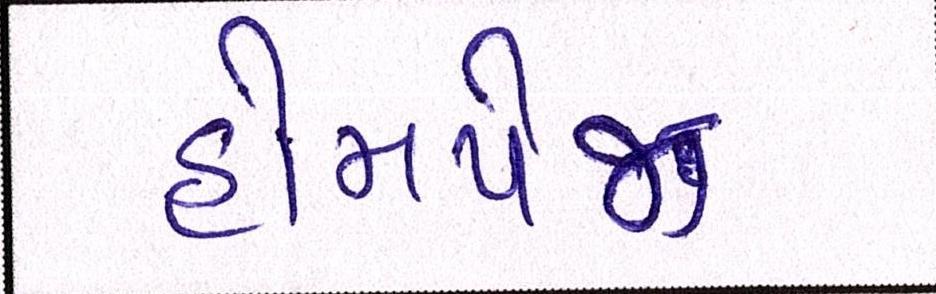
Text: હોમપેજ